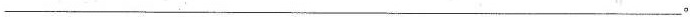
___。